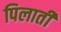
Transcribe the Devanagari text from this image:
पिलातीं